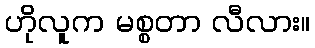
ဟိုလူက မစ္စတာ လီလား။